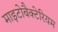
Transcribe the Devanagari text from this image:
माइटोबैक्टेरियम